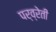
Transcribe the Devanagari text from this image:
पर्व्रेती